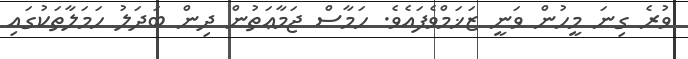
ވުރެ ގިނަ މީހުން ވަނީ ޒަޚަމްވެފައެވެ. ހަމާސް ޖަމާޢަތުން ދިން ބަދަލު ހަމަލާތަކުގައި